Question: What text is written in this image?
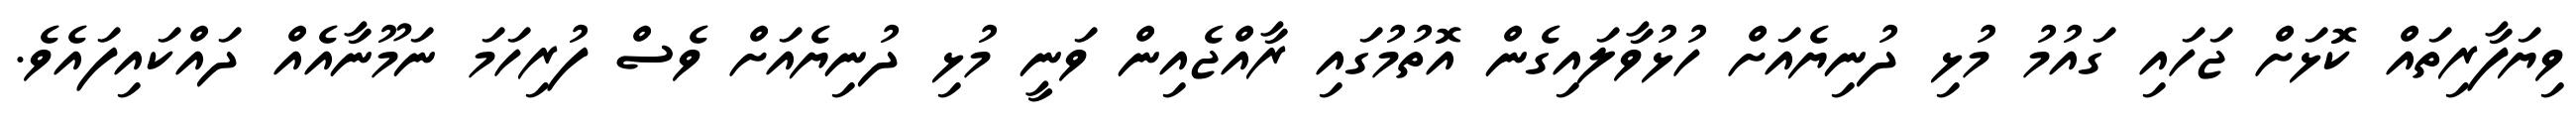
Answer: ވިޔަފާރިތައް ކޮޅަށް ޖަހައި ގައުމު މުޅި ދުނިޔެއަށް ހުޅުވާލައިގެން އޮތުމުގައި ރާއްޖެއިން ވަނީ މުޅި ދުނިޔެއަށް ވެސް ފުރިހަމަ ނަމޫނާއެއް ދައްކައިފައެވެ.